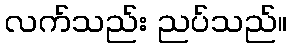
လက်သည်း ညပ်သည်။